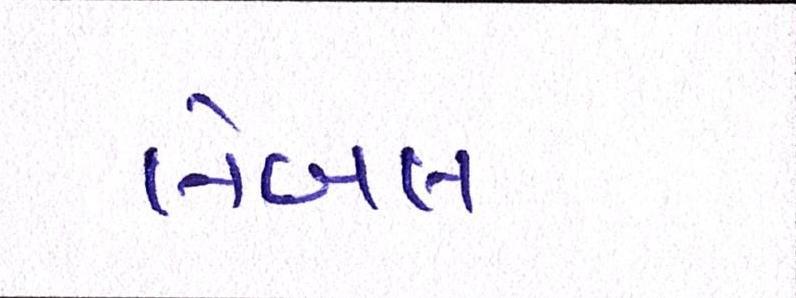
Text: લેબલ